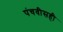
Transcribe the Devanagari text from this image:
पंचवीसही